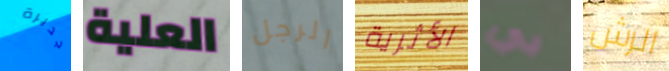
جديرة العلية الرجل الأثرية بي الرش